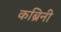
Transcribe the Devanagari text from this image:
कब्रिनी